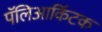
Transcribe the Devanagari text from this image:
पॅलिआर्किटक